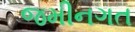
જમીનગત